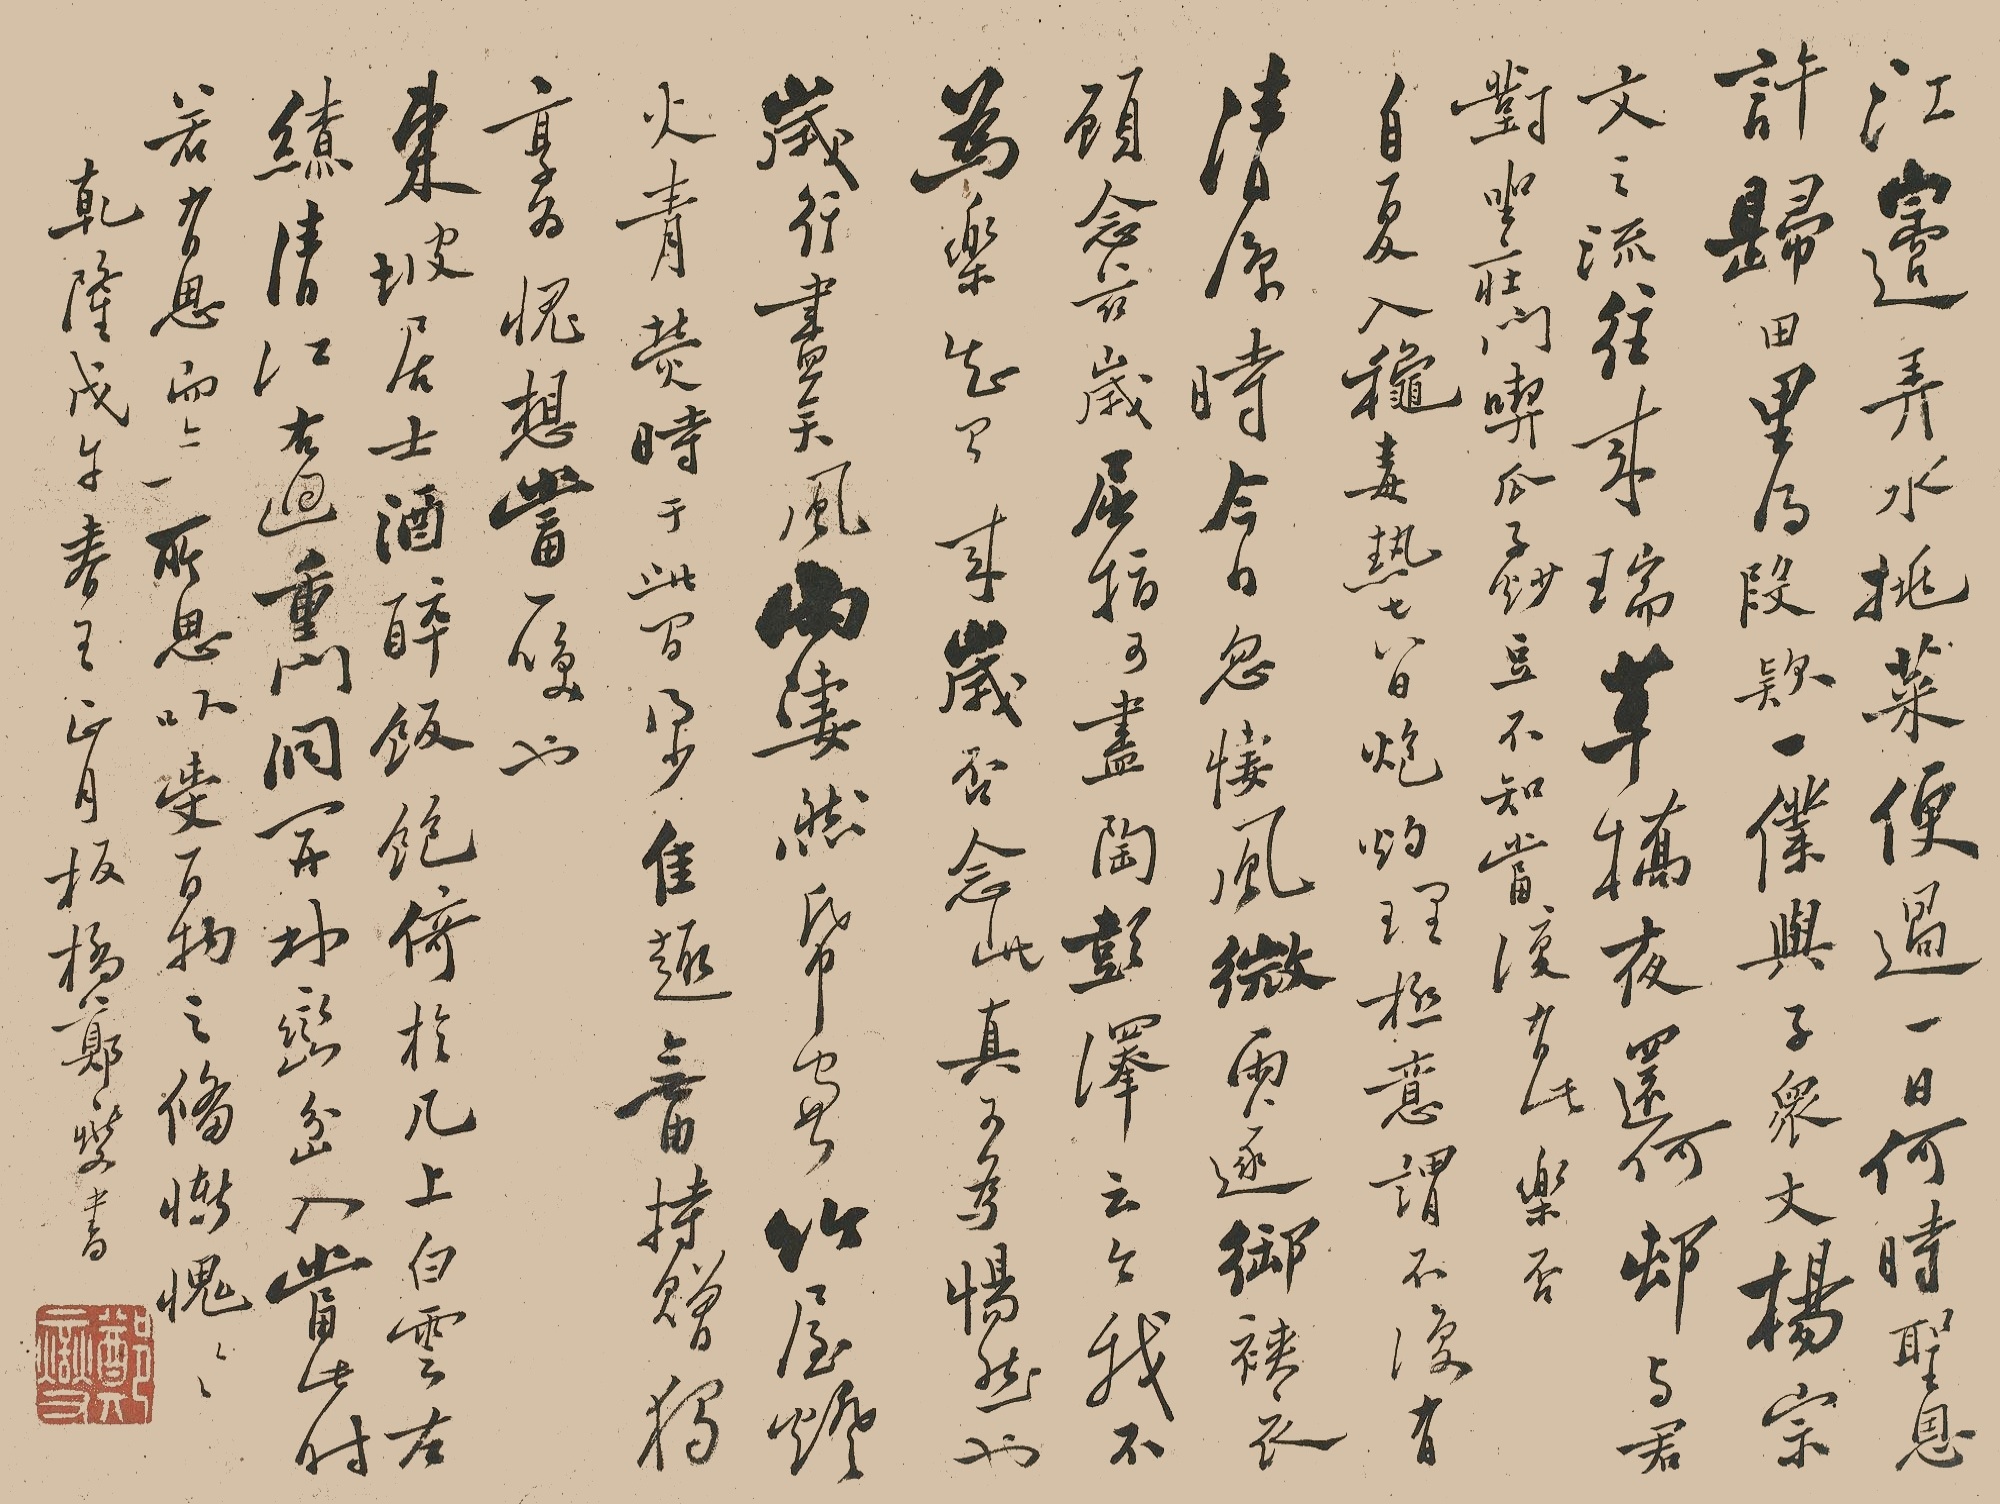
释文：江边弄水挑菜，便过一日，何时圣恩许归田里，得暇欵一仆与子众丈，杨宗文之流往来瑞草桥，夜还何邨，与君对坐庄门，吃瓜子炒豆，不知当复有此乐否？自夏入秋，毒热七八日，炮灼理极，意谓不复有清凉时。今日忽凄风微雨，遂御衣，顾念慈岁屈指可尽，陶彭泽之令我不为乐，知有来岁否?念此真可为惕然也。岁行尽矣，风雨凄然，纸画竹屋，灯火青荧，时于此间得少佳趣，无由持赠，独享为愧，想当一咲也。东坡居士酒醉饭饱，倚于几上，白云左缭，清江右回，重门洞开，林峦岔入，当此时若有思，而无所思，以受百物之备，惭愧惭愧。乾隆戊午春之正月，板桥郑燮书。